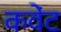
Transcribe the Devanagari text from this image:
कवेंट